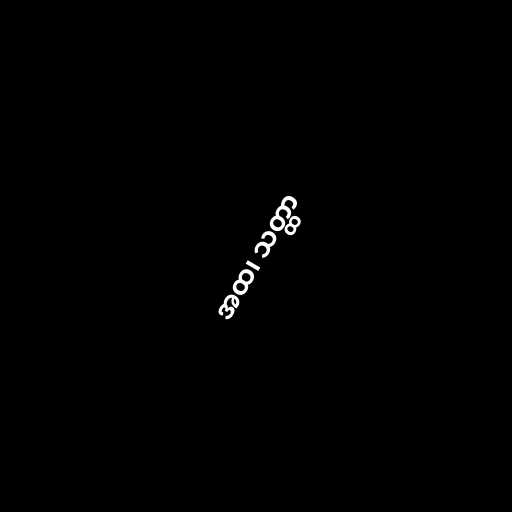
အထ၊ သတ္ထာ